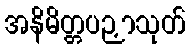
အနိမိတ္တပဉှာသုတ်